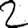
Digit: 2